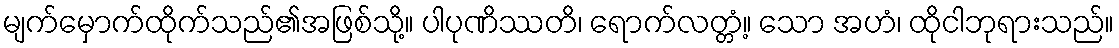
မျက်မှောက်ထိုက်သည်၏အဖြစ်သို့။ ပါပုဏိဿတိ၊ ရောက်လတ္တံ့။ သော အဟံ၊ ထိုငါဘုရားသည်။